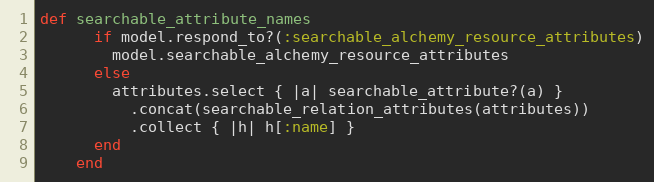
Language: Ruby
def searchable_attribute_names
      if model.respond_to?(:searchable_alchemy_resource_attributes)
        model.searchable_alchemy_resource_attributes
      else
        attributes.select { |a| searchable_attribute?(a) }
          .concat(searchable_relation_attributes(attributes))
          .collect { |h| h[:name] }
      end
    end